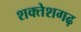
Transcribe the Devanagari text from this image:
शक्तेशगढ़